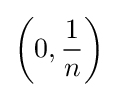
\left(0,{\frac {1}{n}}\right)